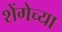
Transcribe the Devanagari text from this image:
शेंगेच्या